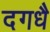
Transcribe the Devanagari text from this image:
दगधै